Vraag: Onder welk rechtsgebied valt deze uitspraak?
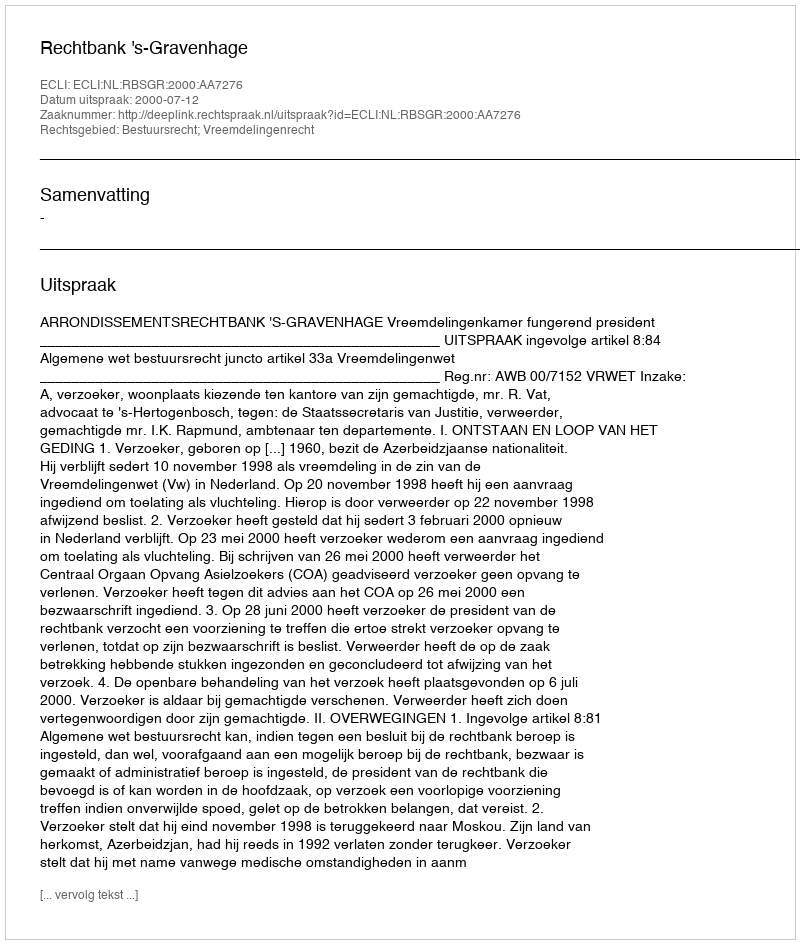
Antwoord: Bestuursrecht; Vreemdelingenrecht